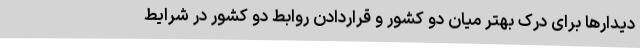
دیدارها برای درک بهتر میان دو کشور و قراردادن روابط دو کشور در شرایط